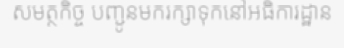
សមត្ថកិច្ច បញ្ជូនមករក្សាទុកនៅអធិការដ្ឋាន